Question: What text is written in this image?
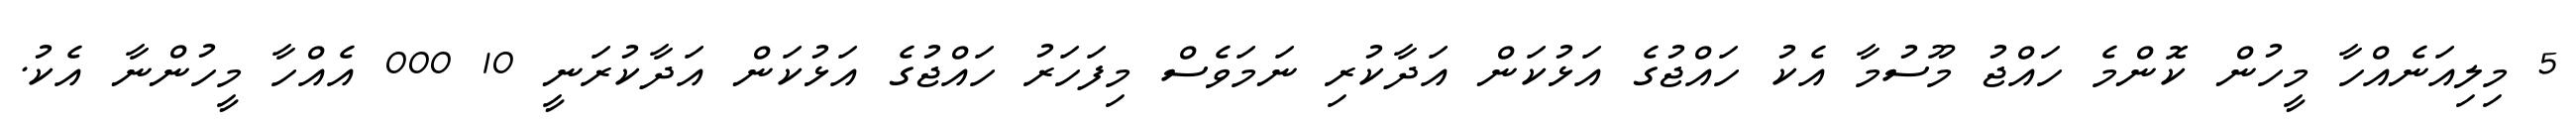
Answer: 5 މިލިއަނެއްހާ މީހުން ކޮންމެ ހައްޖު މޫސުމާ އެކު ހައްޖުގެ އަޅުކަން އަދާކުރި ނަމަވެސް މިފަހަރު ހައްޖުގެ އަޅުކަން އަދާކުރަނީ 10 000 އެއްހާ މީހުންނާ އެކު.